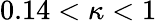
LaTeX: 0.14<\kappa<1